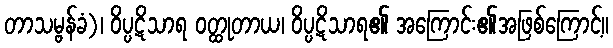
တာသမ္ဗန်ခံ)၊ ဝိပ္ပဋိသာရ ဝတ္ထုတာယ၊ ဝိပ္ပဋိသာရ၏ အကြောင်း၏အဖြစ်ကြောင့်။